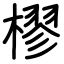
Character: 樛